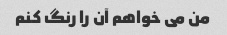
من می خواهم آن را رنگ کنم